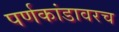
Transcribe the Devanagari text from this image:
पर्णकांडावरच